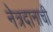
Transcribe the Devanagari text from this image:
नेत्रदानाची